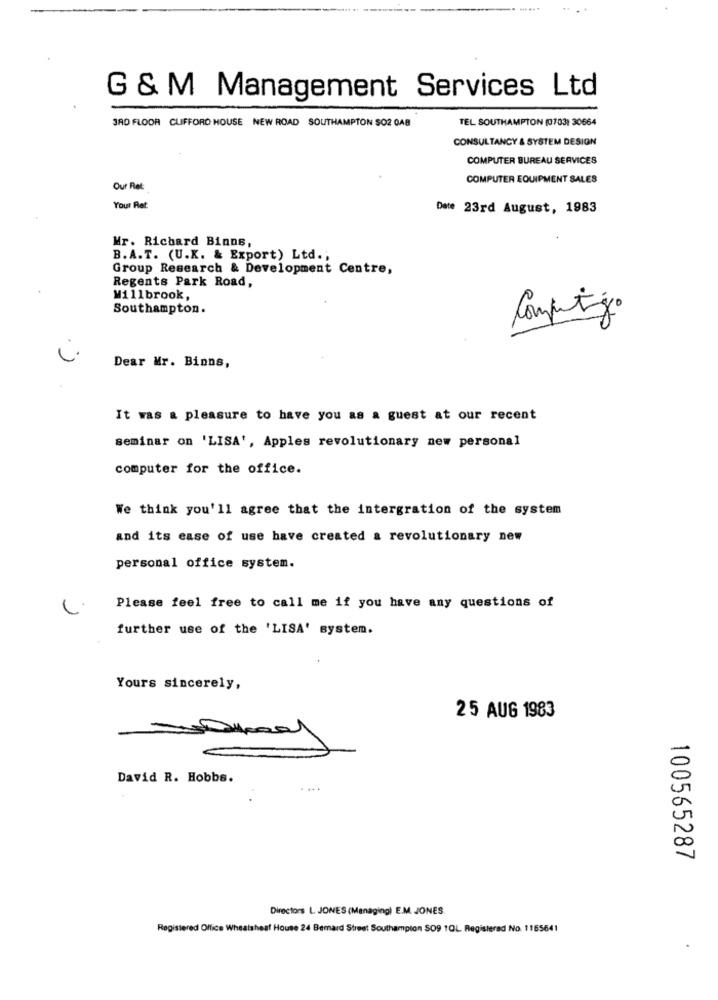
G & M Management Services Ltd
3RD FLOOR CLIFFORD HOUSE NEW ROAD SOUTHAMPTON SO2 GAB
TEL SOUTHAMPTON (0703) 30664
CONSULTANCY & SYSTEM DESIGN
COMPUTER BUREAU SERVICES
COMPUTER EQUIPMENT SALES
Our Ret:
Your Ret:
Date 23rd August, 1983
Mr. Richard Binne,
B.A.T. (U.K. & Export) Ltd .;
Group Research & Development Centre,
Regents Park Road,
Millbrook,
Southampton.
Computing.
Dear Mr. Binns,
It was a pleasure to have you as a guest at our recent
seminar on 'LISA', Apples revolutionary new personal
computer for the office.
We think you'll agree that the intergration of the system
and its ease of use have created a revolutionary new
personal office system.
Please feel free to call me if you have any questions of
further use of the 'LISA' system.
Yours sincerely,
25 AUG 1983
David R. Hobbs.
100565287
Directors L JONES (Managing) E.M. JONES.
Registered Office Wheatsheaf House 24 Bemard Street Southampton SO9 1QL Registered No. 1165641